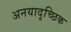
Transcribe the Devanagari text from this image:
अनयादृच्छिक